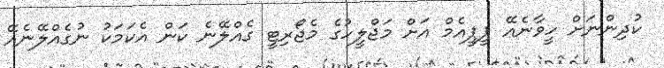
ކުދިންނަށް ހީވާނެއޭ ޕީޕީއެމް އަށް މަޖްލީހުގެ މެޖޯރިޓީ ގެއްލޭނެ ކަން އެކަމަކު ނުގެއްލޭނެއޭ